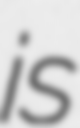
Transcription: is